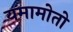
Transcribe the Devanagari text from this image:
यमामोतो